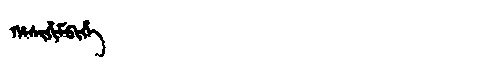
Manchu: ᡥᠠᠰᡳᡥᡳᠮᠪᡳᡥᡝ
Romanization: HASIHIMBIHE